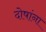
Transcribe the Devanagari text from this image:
दोषांना